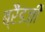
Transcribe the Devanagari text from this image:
ब्रैंडज़ी